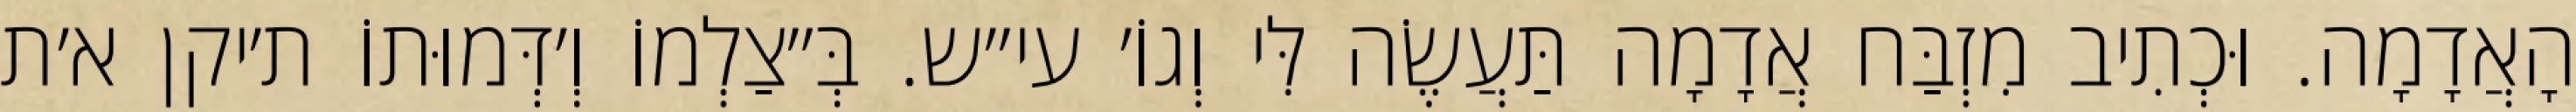
הָאֲדָמָה. וּכְתִיב מִזְבַּח אֲדָמָה תַּעֲשֶׂה לִּי וְגוֹ׳ עי״ש. בְּ״צַלְמוֹ וְ׳דְּמוּתוֹ ת׳יקן א׳ת